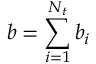
\boldsymbol { b } = \sum _ { i = 1 } ^ { N _ { t } } \boldsymbol { b } _ { i }